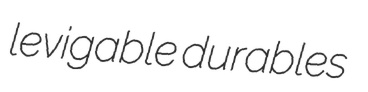
levigable durables